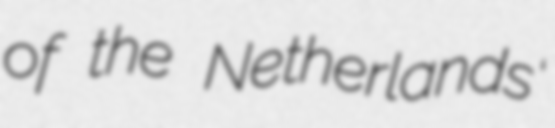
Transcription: of the Netherlands'